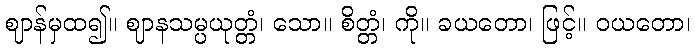
ဈာန်မှထ၍။ ဈာနသမ္ပယုတ္တံ၊ သော။ စိတ္တံ၊ ကို။ ခယတော၊ ဖြင့်။ ဝယတော၊